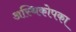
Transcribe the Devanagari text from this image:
अस्थिकोपका